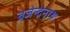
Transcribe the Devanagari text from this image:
ब्रजेन्द्रनाथ